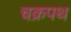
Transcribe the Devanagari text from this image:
चक्रपथ